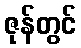
ဇုန်တွင်